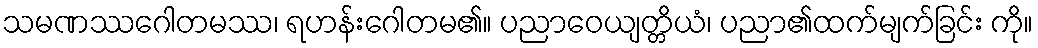
သမဏဿဂေါတမဿ၊ ရဟန်းဂေါတမ၏။ ပညာဝေယျတ္တိယံ၊ ပညာ၏ထက်မျက်ခြင်း ကို။